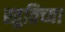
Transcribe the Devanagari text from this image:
स्तुतिच्या